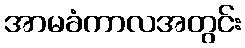
အာမခံကာလအတွင်း